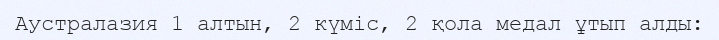
Аустралазия 1 алтын, 2 күміс, 2 қола медал ұтып алды: